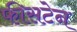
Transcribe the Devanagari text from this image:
फीसटेन